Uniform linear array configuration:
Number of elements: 48
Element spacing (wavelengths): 0.25
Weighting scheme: cosine
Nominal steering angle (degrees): -60
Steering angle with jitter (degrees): -60.867
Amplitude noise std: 0.05
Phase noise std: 0.05

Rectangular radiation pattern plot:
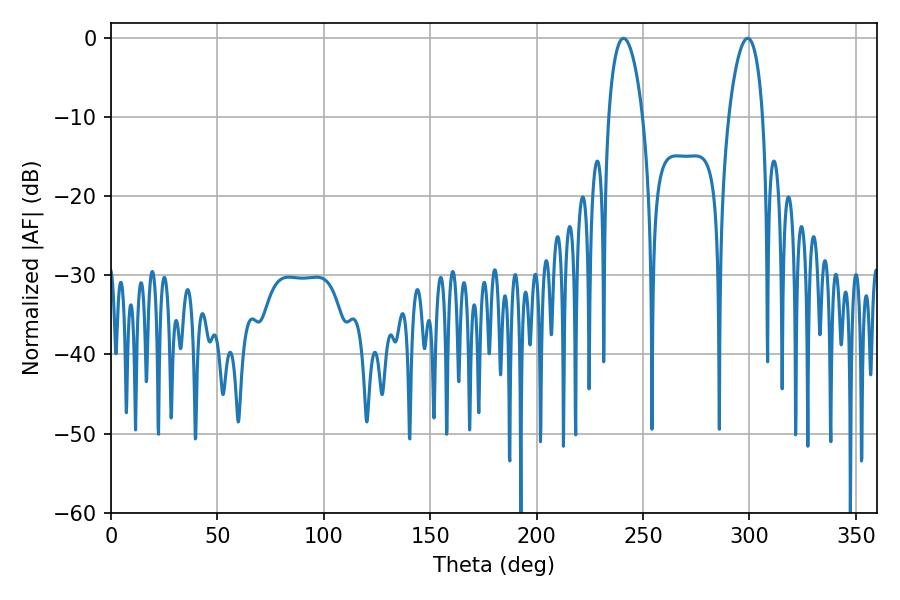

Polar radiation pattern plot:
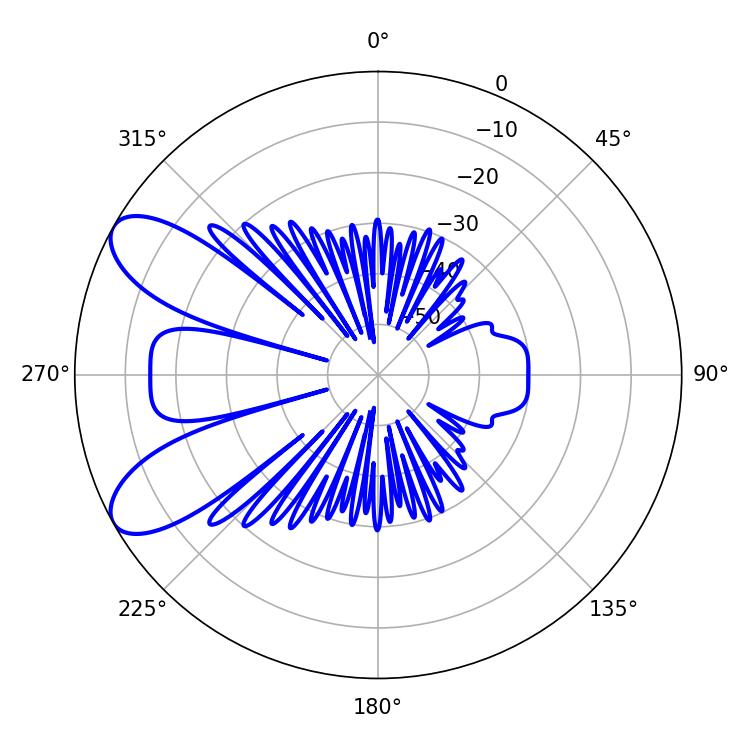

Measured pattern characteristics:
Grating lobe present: FALSE
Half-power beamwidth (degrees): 9
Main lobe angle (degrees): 240.84